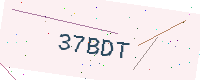
Text: 37BDT